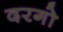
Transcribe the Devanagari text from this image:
दरगो